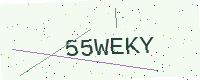
Text: 55WEKY